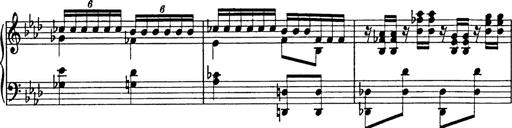
Title: 8 Variations
Composer: Franz Liszt
Key: A-flat major